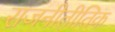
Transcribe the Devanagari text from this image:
राजनीतीतिक